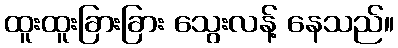
ထူးထူးခြားခြား သွေးလန့် နေသည်။